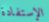
الإستفادة